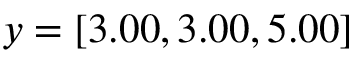
y = [ 3 . 0 0 , 3 . 0 0 , 5 . 0 0 ]